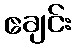
ဧချင်း